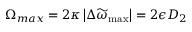
\Omega _ { m a x } = 2 \kappa \left| \Delta \widetilde { \omega } _ { \mathrm { m a x } } \right| = 2 \epsilon { D _ { 2 } }